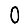
Digit: 0